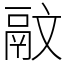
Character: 䰚